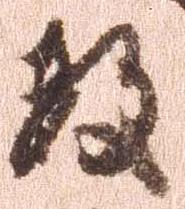
数